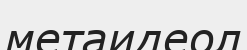
метаидеол